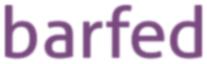
barfed